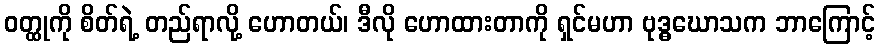
ဝတ္ထုကို စိတ်ရဲ့ တည်ရာလို့ ဟောတယ်၊ ဒီလို ဟောထားတာကို ရှင်မဟာ ဗုဒ္ဓဃောသက ဘာကြောင့်